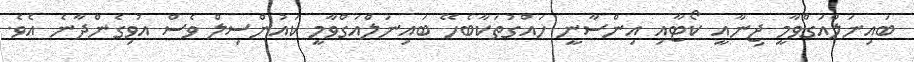
ބައިނަލްއަގްވާމީ ޖިނާއީ ކޯޓާއި އިންސާނީ ހައްގުތަކާބެހޭ ބައިނަލްއަގްވާމީ ކައުންސިލް ވެސް އުވިގެންދާނެ އެވެ.